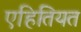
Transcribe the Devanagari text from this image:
एहितियत